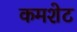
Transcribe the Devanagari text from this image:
कमशेट